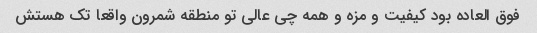
فوق العاده بود کیفیت و مزه و همه چی عالی تو منطقه شمرون واقعا تک هستش